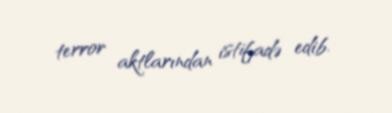
terror aktlarından istifadə edib.